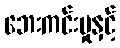
ဘေးကင်းမှုနှင့်